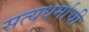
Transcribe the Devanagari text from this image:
सत्यधर्माची